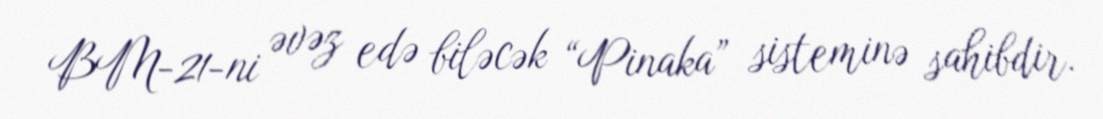
BM-21-ni əvəz edə biləcək “Pinaka” sisteminə sahibdir.